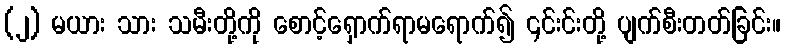
(၂) မယား သား သမီးတို့ကို စောင့်ရှောက်ရာမရောက်၍ ၎င်းင်းတို့ ပျက်စီးတတ်ခြင်း။